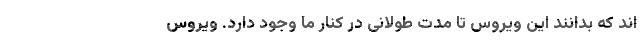
اند که بدانند این ویروس تا مدت طولانی در کنار ما وجود دارد. ویروس